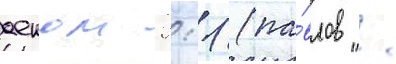
аеком 2:1 (па́влов /